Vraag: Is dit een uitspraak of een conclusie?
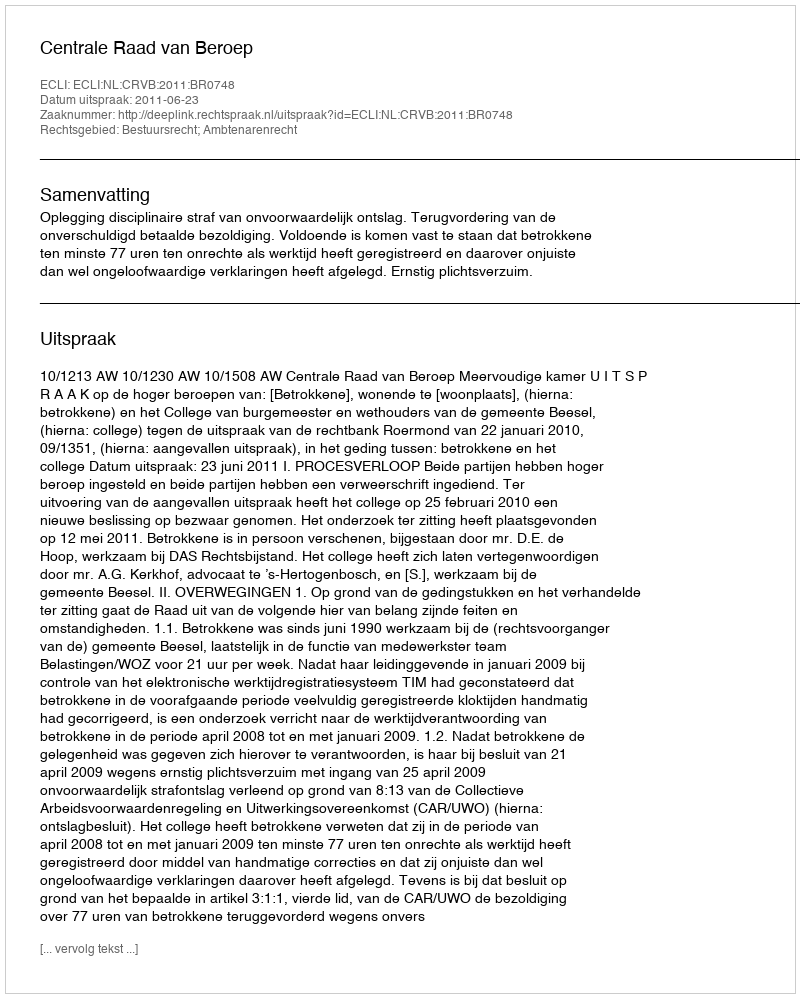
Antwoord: Uitspraak